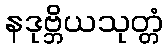
နဒုဗ္ဘိယသုတ္တံ